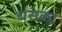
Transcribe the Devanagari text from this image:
धसका